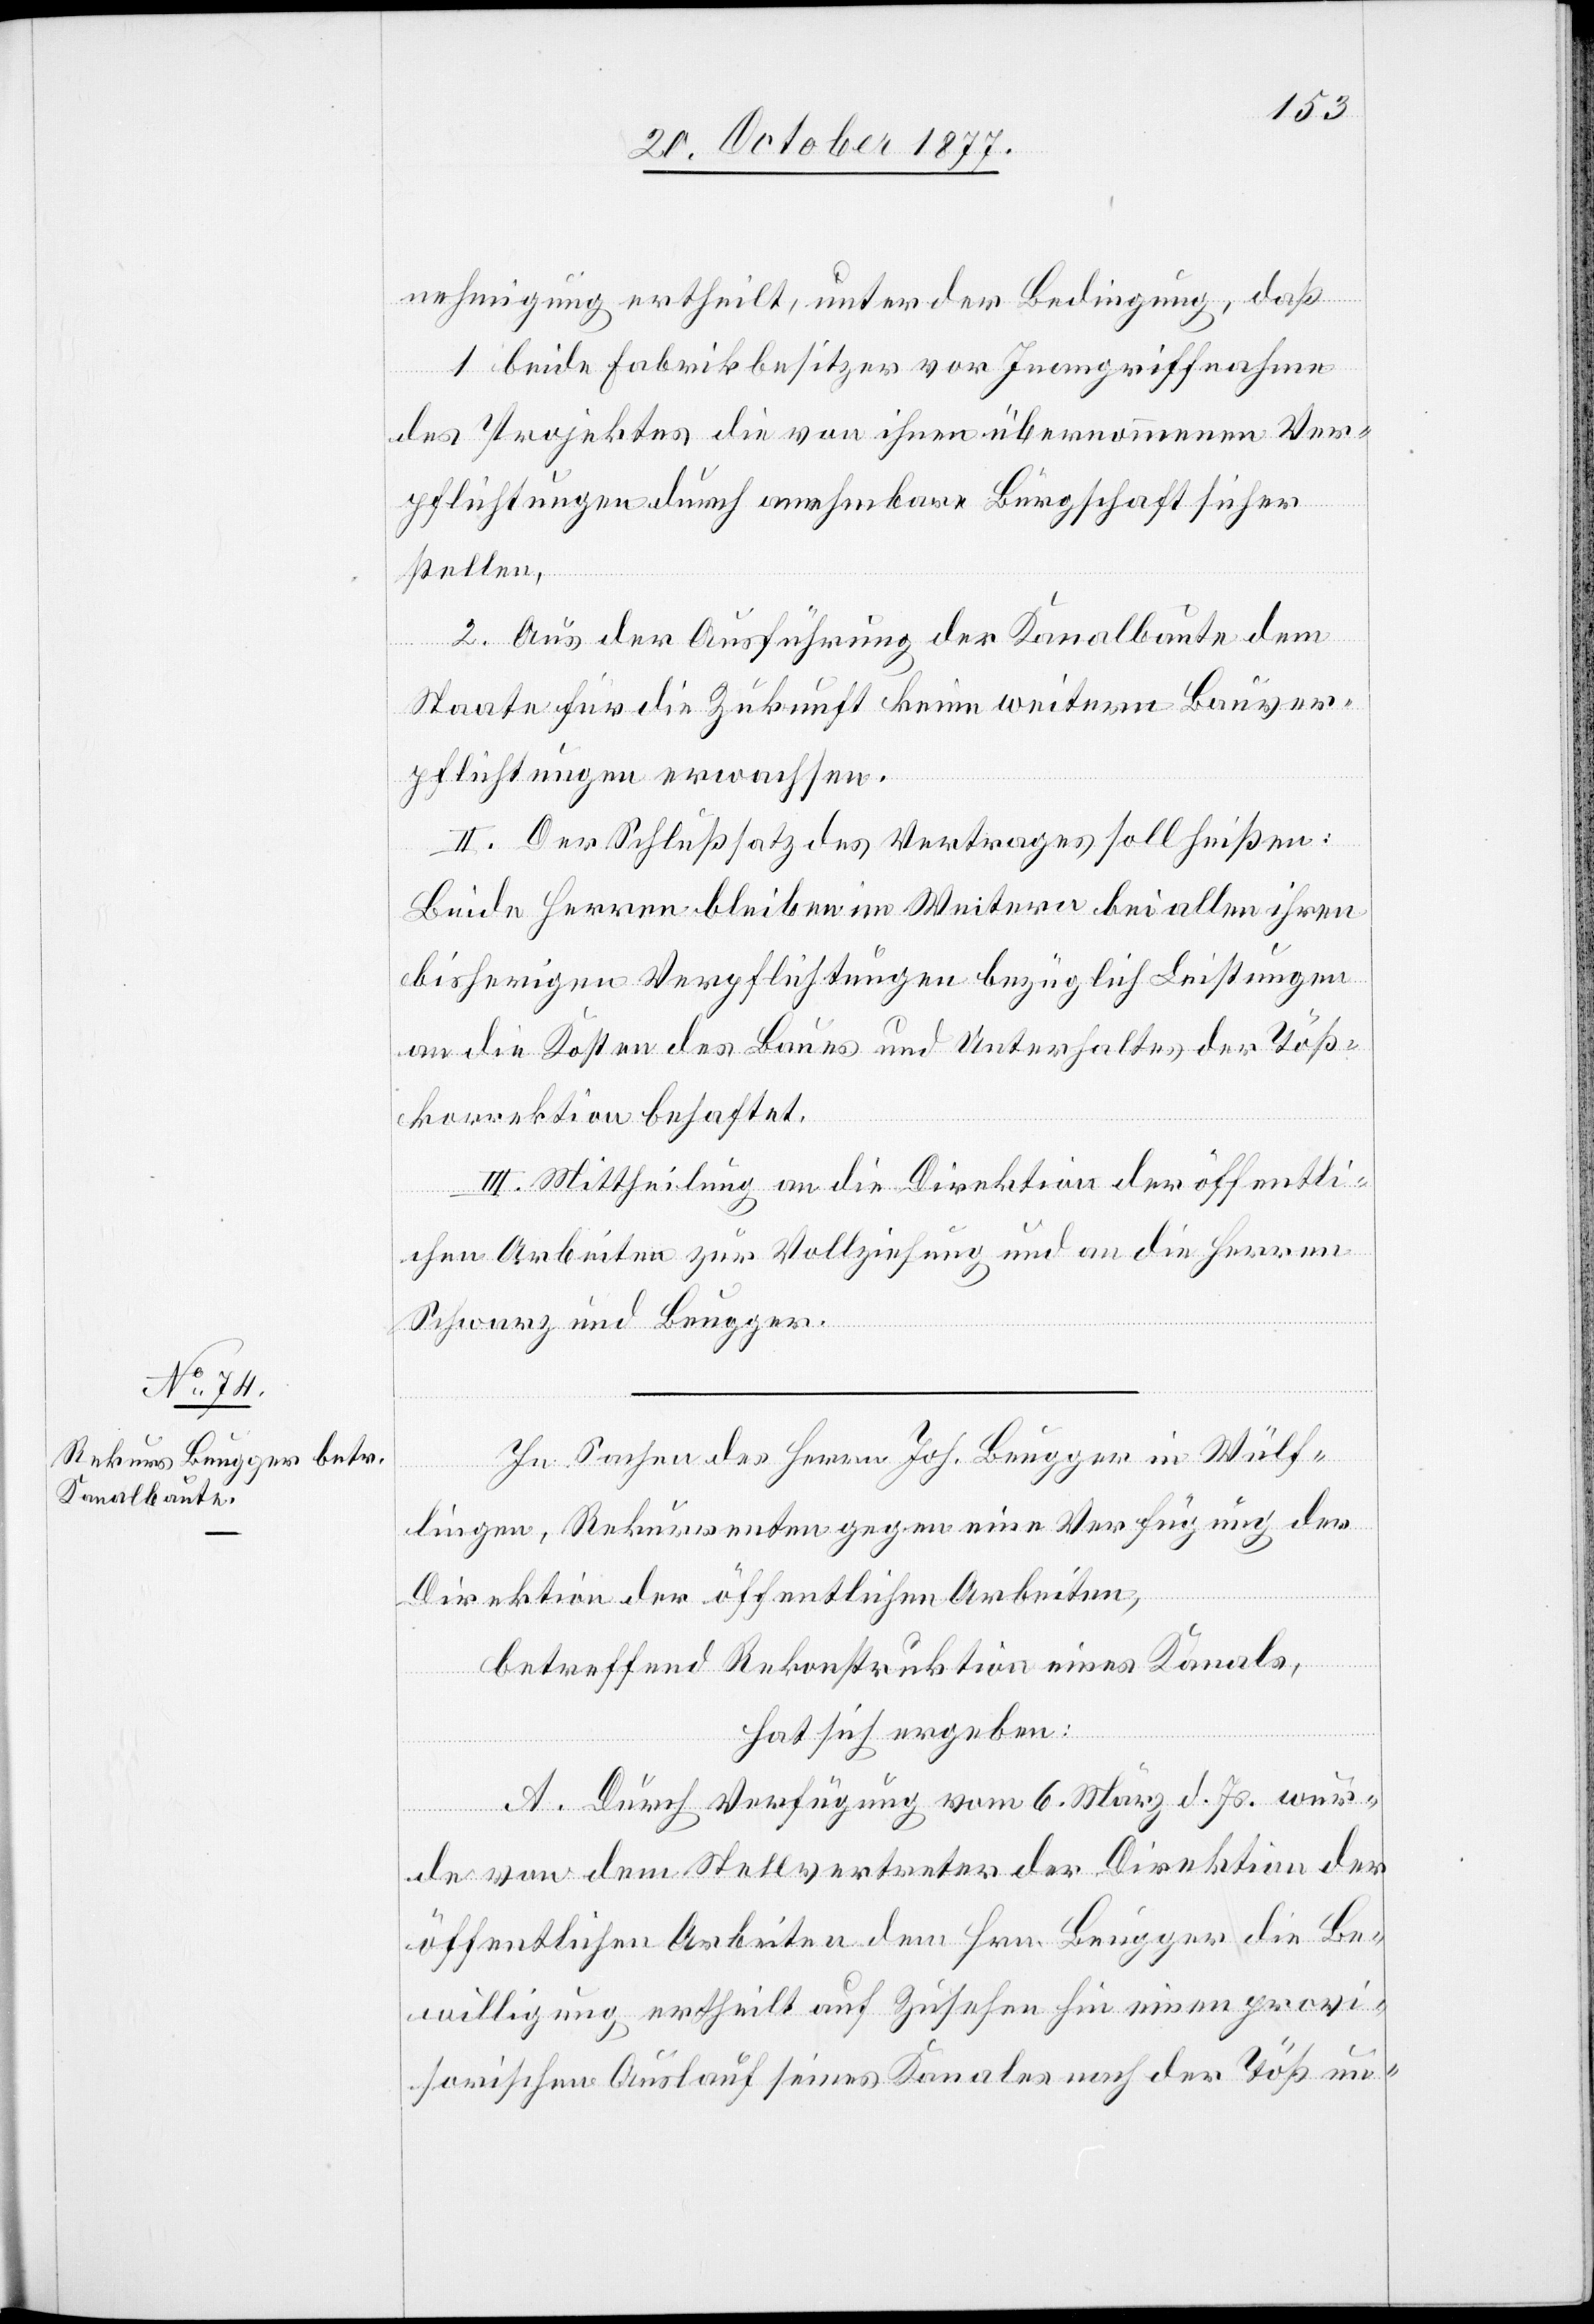
nehmigung ertheilt, unter der Bedingung, daß
1. beide Fabrikbesitzer vor Inangriffnahme
des Projektes die von ihnen übernommenen Ver¬
pflichtungen durch annehmbare Bürgschaft sicher
stellen,
2. Aus der Ausführung der Kanalbaute dem
Staate für die Zukunft keine weitern Bauver¬
pflichtungen erwachsen.
II. Der Schlußsatz des Vertrages soll heißen:
Beide Herren bleiben im Weitern bei allen ihren
bisherigen Verpflichtungen bezüglich Leistungen
an die Kosten des Baues und Unterhaltes der Töß¬
korrektion behaftet.
III. Mittheilung an die Direktion der öffentli¬
chen Arbeiten zur Vollziehung und an die Herren
Schwarz und Beugger.
In Sachen des Herrn Joh. Beugger in Wülf¬
lingen, Rekurrenten gegen eine Verfügung der
Direktion der öffentlichen Arbeiten,
betreffend Rekonstruktion eines Kanals,
hat sich ergeben:
A. Durch Verfügung vom 6. März d. Js. wur¬
de von dem Stellvertreter der Direktion der
öffentlichen Arbeiten dem Hrn. Beugger die Be¬
willigung ertheilt auf Zusehen hin einen provi¬
sorischen Auslauf seines Kanales nach der Töß un-